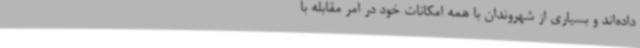
داده‌اند و بسیاری از شهروندان با همه امکانات خود در امر مقابله با